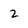
Character: 2